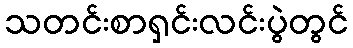
သတင်းစာရှင်းလင်းပွဲတွင်